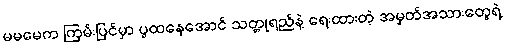
မမမေက ကြမ်းပြင်မှာ ပွထနေအောင် သတ္တုရည်နဲ့ ရေးထားတဲ့ အမှတ်အသားတွေရဲ့